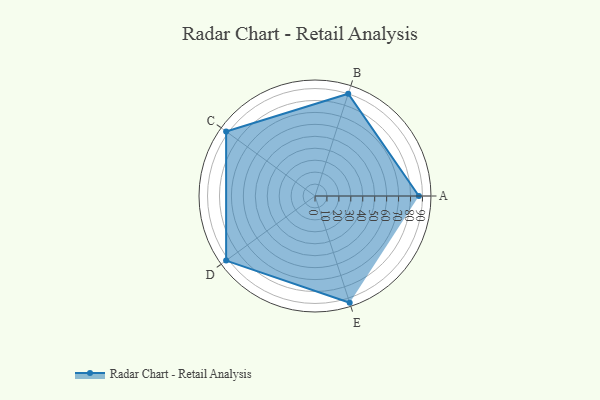
{"axis": {"x": "Skill", "y": "Score"}, "legend": ["Profile"], "data": [{"x": "A", "y": 87.0, "type": "Profile"}, {"x": "B", "y": 90.0, "type": "Profile"}, {"x": "C", "y": 92.0, "type": "Profile"}, {"x": "D", "y": 92.0, "type": "Profile"}, {"x": "E", "y": 94.0, "type": "Profile"}]}